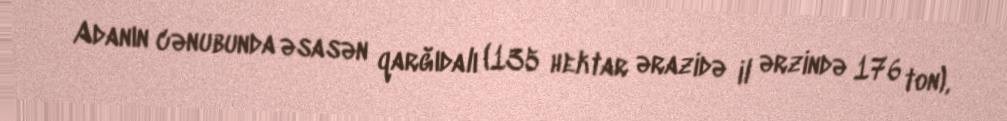
Adanın cənubunda əsasən qarğıdalı (135 hektar ərazidə il ərzində 176 ton),